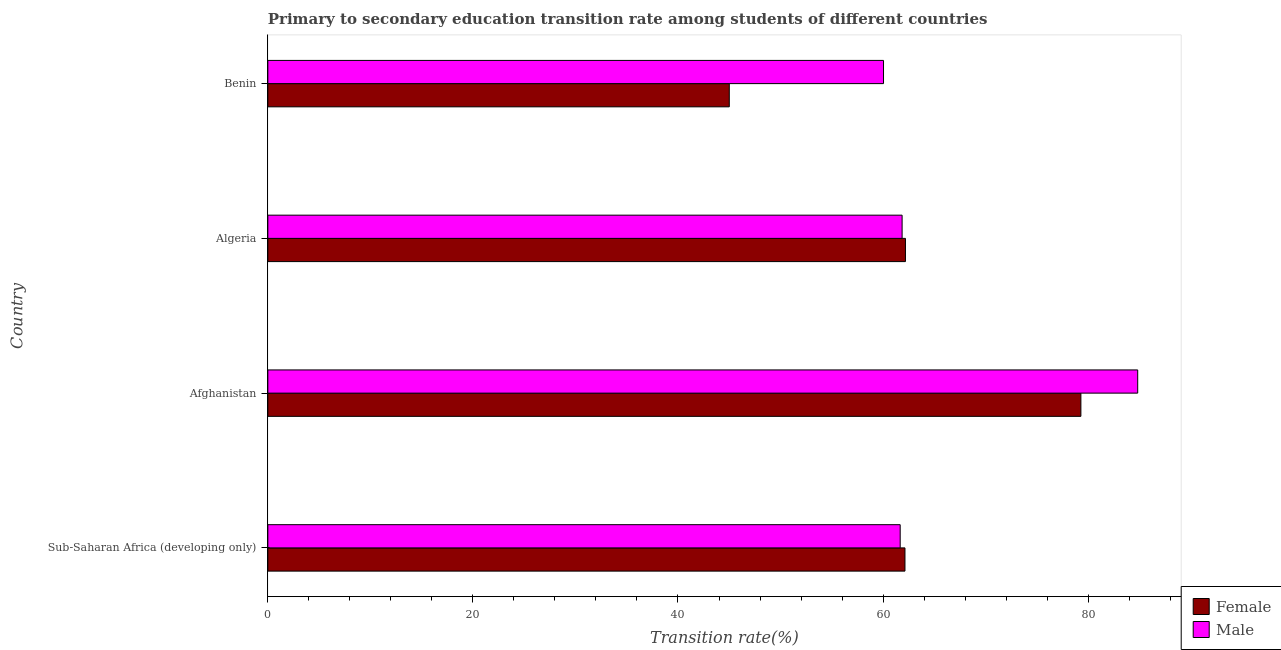
| Country | Female | Male |
 | --- | --- | --- |
 | Sub-Saharan Africa (developing only) | 62.1 | 61.7 |
 | Afghanistan | 79.3 | 84.8 |
 | Algeria | 62.2 | 61.9 |
 | Benin | 45 | 60 |